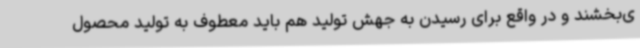
ی‌بخشند و در واقع برای رسیدن به جهش تولید هم باید معطوف به تولید محصول